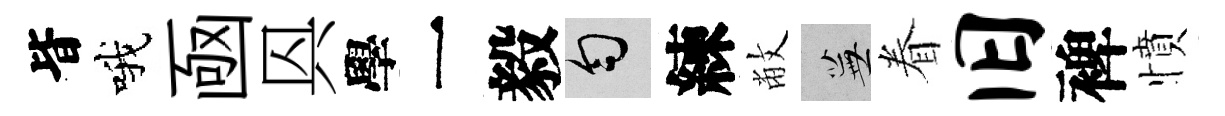
𣅜哦凾㒷學一毅匀練敝蕪眷旧裨憤